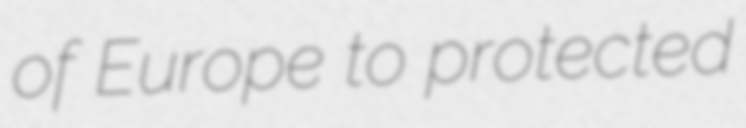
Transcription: of Europe to protected